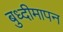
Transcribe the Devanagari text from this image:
बुध्दीमापन